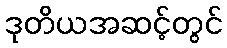
ဒုတိယအဆင့်တွင်